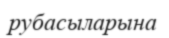
рубасыларына